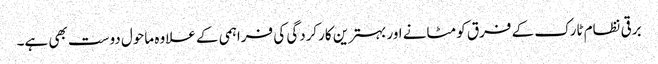
برقی نظام ٹارک کے فرق کو مٹانے اور بہترین کارکردگی کی فراہمی کے علاوہ ماحول دوست بھی ہے۔